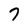
Character: 7